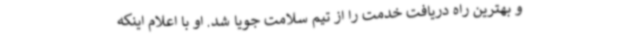
و بهترین راه دریافت خدمت را از تیم سلامت جویا شد. او با اعلام اینکه